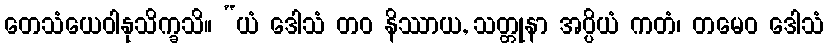
တေသံယေဝါနုသိက္ခသိ။ “ယံ ဒေါသံ တဝ နိဿာယ, သတ္တုနာ အပ္ပိယံ ကတံ၊ တမေဝ ဒေါသံ